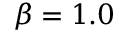
\beta = 1 . 0